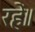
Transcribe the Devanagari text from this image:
रहें॥